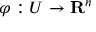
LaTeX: \varphi : U \to \mathbf { R } ^ { n }